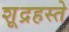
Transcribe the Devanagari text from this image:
शूद्रहस्ते